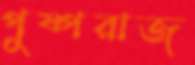
পুষ্পরাজ